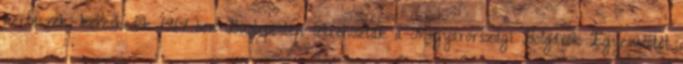
kertészek, kereskedők 1914-ben Budapesten létrehozták a Magyarországi Bolgárok Egyesületét